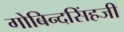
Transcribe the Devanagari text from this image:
गोबिन्दसिंहजी